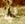
لي